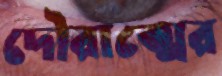
দৌরাত্মের